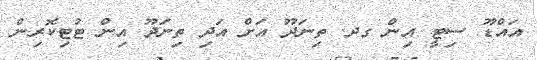
އައްޑޫ ސިޓީ އިން ގދ. ތިނަދޫ އަށް އަދި ތިނަދޫ އިން ޓުޓިކޮރިން